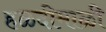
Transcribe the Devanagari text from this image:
हळदीमाळी